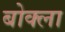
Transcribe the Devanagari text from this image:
बोक्ला